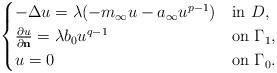
LaTeX: \begin{align*} \begin{cases}-\Delta u = \lambda (-m_\infty u - a_\infty u^{p-1}) & \mbox{in $D$}, \\ \frac{\partial u}{\partial \mathbf{n}} = \lambda b_0 u^{q-1} & \mbox{on $\Gamma_1$}, \\u=0 & \mbox{on $\Gamma_0$}. \end{cases}\end{align*}